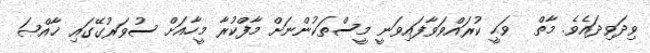
ވިދަވިދައެވެ. މާތް  ވަޙީ ކުރައްވަވާފައިވަނީ މީސްތަކުންނަށް މާފްކުރާ މީހާއަށް ސުވަރުގޭގައި ޚާއްޞަ